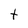
Character: t